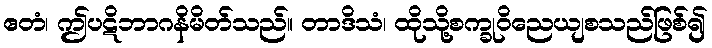
ဧတံ၊ ဤပဋိဘာဂနိမိတ်သည်။ တာဒိသံ၊ ထိုသို့စက္ခုဝိညေယျစသည်ဖြစ်၍